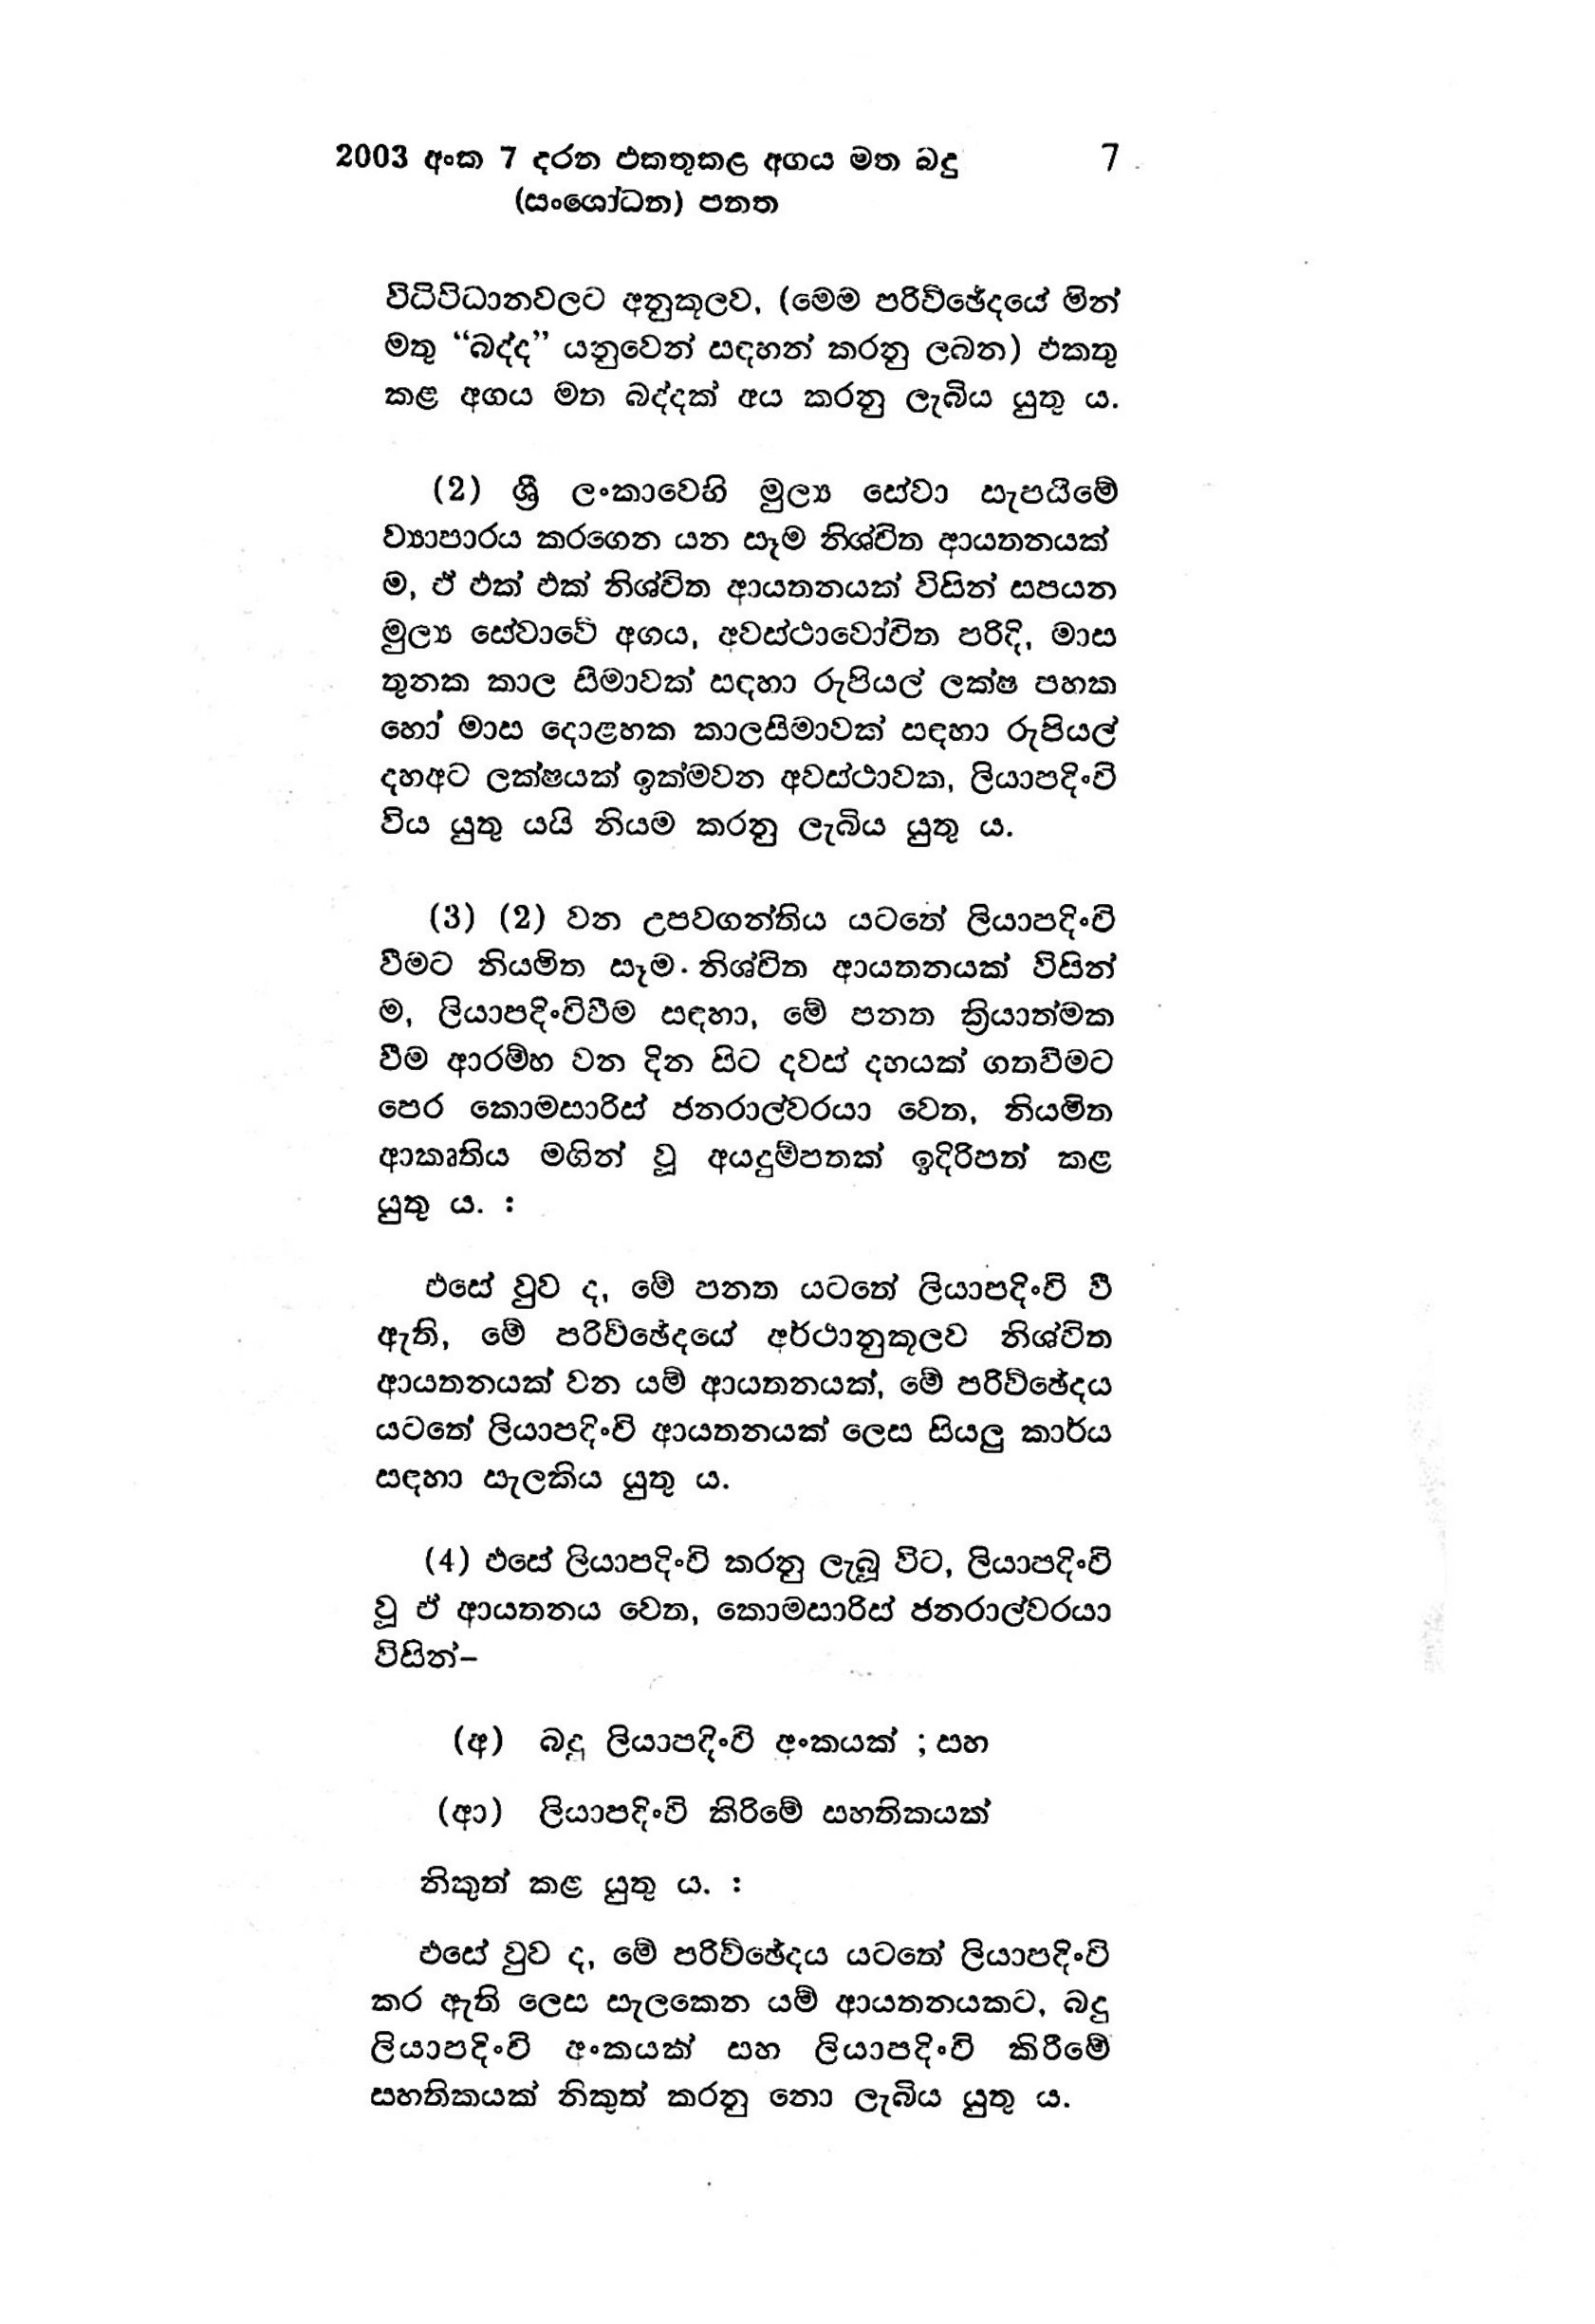
2003 අංක 7 දරන එකතුකළ අගය මත බදු 7
(සංශෝධන) පනත

විධිවිධානවලට අනුකූලව, (මෙම පරිච්ඡේදයේ මින්
මතු “බද්ද” යනුවෙන් සඳහන් කරනු ලබන) එකතු
කළ අගය මත බද්දක් අය කරනු ලැබිය යුතු ය.

(2) ශ්‍රී ලංකාවෙහි මුල්‍ය සේවා සැපයීමේ
ව්‍යාපාරය කරගෙන යන සෑම නිශ්චිත ආයතනයක්
ම, ඒ ඵක් එක් නිශ්චිත ආයතනයක් විසින් සපයන
මුල්‍ය සේවාවේ අගය, අවස්ථාවෝචිත පරිදි, මාස
තුනක කාල සීමාවක් සඳහා රුපියල් ලක්ෂ පහක
හෝ මාස දොළහක කාලසිමාවක් සඳහා රුපියල්
දහඅට ලක්ෂයක් ඉක්මවන අවස්ථාවක, ලියාපදිංචි
විය යුතු යැයි නියම කරනු ලැබිය යුතු ය.

(3) (2) වන උපවගන්තිය යටතේ ලියාපදිංචි
වීමට නියමිත සෑම. නිශ්චිත ආයතනයක් විසින්
ම, ලියාපදිංචිවීම සඳහා, මේ පනත ක්‍රියාත්මක
වීම ආරම්භ වන දින සිට දවස් දහයක් ගතවීමට
පෙර කොමසාරිස් ජනරාල්වරයා වෙත, නියමිත
ආකෘතිය මගින් වූ අයදුම්පතක් ඉදිරිපත් කළ
යුතු ය. :

එසේ වුව ද, මේ පනත යටතේ ලියාපදිංචි වී
ඇති, මේ පරිච්ඡේදයේ අර්ථානුකූලව නිශ්චිත
ආයතනයක් වන යම් ආයතනයක්, මේ පරිච්ඡේදය
යටතේ ලියාපදිංචි ආයතනයක් ලෙස සියලු කාර්ය
සඳහා සැලකිය යුතු ය.

(4) එසේ ලියාපදිංචි කරනු ලැබූ විට, ලියාපදිංචි
වූ ඒ ආයතනය වෙත, කොමසාරිස් ජනරාල්වරයා
විසින්-

(අ) බදු ලියාපදිංචි අංකයක් ; සහ

(ආ) ලියාපදිංචි කිරිමේ සහතිකයක්
නිකුත් කළ යුතු ය. :

එසේ වුව ද, මේ පරිච්ඡේදය යටතේ ලියාපදිංචි
කර ඇති ලෙස සැලකෙන යම් ආයතනයකට, බදු
ලියාපදිංචි අංකයක් සහ ලියාපදිංචි කිරීමේ
සහතිකයක් නිකුත් කරනු නො ලැබිය යුතු ය.